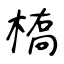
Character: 槗